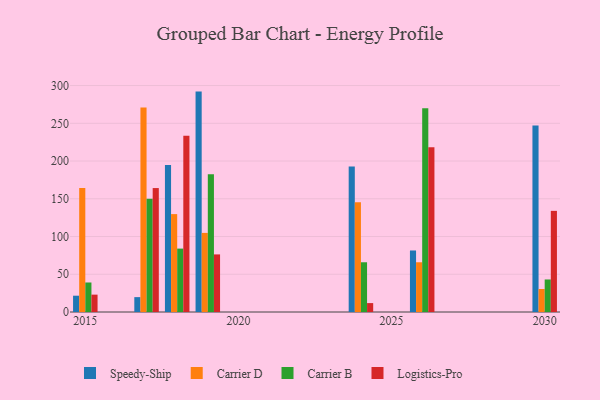
{"axis": {"x": "Year", "y": "Headcount"}, "legend": ["Carrier B", "Carrier D", "Logistics-Pro", "Speedy-Ship"], "data": [{"x": "2015", "y": 21.6, "type": "Speedy-Ship"}, {"x": "2015", "y": 164.3, "type": "Carrier D"}, {"x": "2015", "y": 39.1, "type": "Carrier B"}, {"x": "2015", "y": 23.0, "type": "Logistics-Pro"}, {"x": "2019", "y": 292.0, "type": "Speedy-Ship"}, {"x": "2019", "y": 104.8, "type": "Carrier D"}, {"x": "2019", "y": 182.4, "type": "Carrier B"}, {"x": "2019", "y": 76.3, "type": "Logistics-Pro"}, {"x": "2026", "y": 81.5, "type": "Speedy-Ship"}, {"x": "2026", "y": 65.9, "type": "Carrier D"}, {"x": "2026", "y": 270.1, "type": "Carrier B"}, {"x": "2026", "y": 218.2, "type": "Logistics-Pro"}, {"x": "2018", "y": 194.7, "type": "Speedy-Ship"}, {"x": "2018", "y": 129.7, "type": "Carrier D"}, {"x": "2018", "y": 84.0, "type": "Carrier B"}, {"x": "2018", "y": 233.6, "type": "Logistics-Pro"}, {"x": "2030", "y": 247.2, "type": "Speedy-Ship"}, {"x": "2030", "y": 30.5, "type": "Carrier D"}, {"x": "2030", "y": 43.1, "type": "Carrier B"}, {"x": "2030", "y": 134.0, "type": "Logistics-Pro"}, {"x": "2024", "y": 192.7, "type": "Speedy-Ship"}, {"x": "2024", "y": 145.4, "type": "Carrier D"}, {"x": "2024", "y": 65.9, "type": "Carrier B"}, {"x": "2024", "y": 11.8, "type": "Logistics-Pro"}, {"x": "2017", "y": 19.7, "type": "Speedy-Ship"}, {"x": "2017", "y": 270.8, "type": "Carrier D"}, {"x": "2017", "y": 150.0, "type": "Carrier B"}, {"x": "2017", "y": 164.2, "type": "Logistics-Pro"}]}